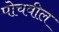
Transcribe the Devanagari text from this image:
पोचवील